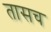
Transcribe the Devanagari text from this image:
तासच